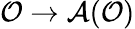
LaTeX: \mathcal{O}\rightarrow\mathcal{A}(\mathcal{O})